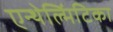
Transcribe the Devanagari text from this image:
एन्थेल्मिंटिका